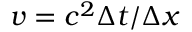
v = c ^ { 2 } \Delta t / \Delta x